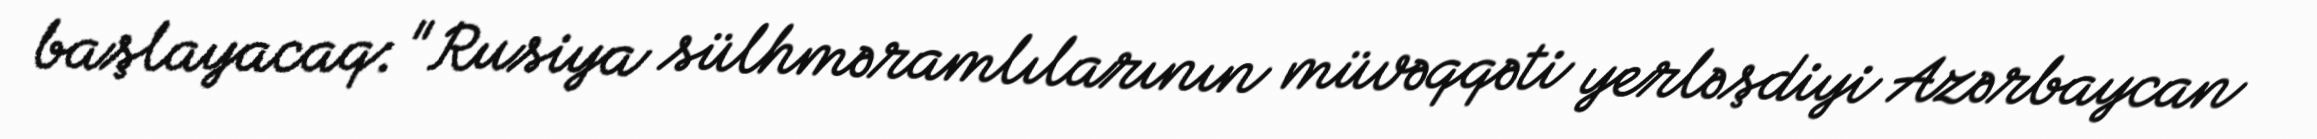
başlayacaq: "Rusiya sülhməramlılarının müvəqqəti yerləşdiyi Azərbaycan